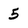
Character: 5